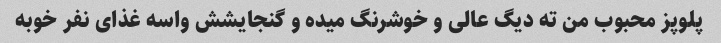
پلوپز محبوب من ته دیگ عالی و خوشرنگ میده و گنجایشش واسه غذای نفر خوبه